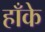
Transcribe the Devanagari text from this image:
हाँके